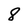
Character: 8